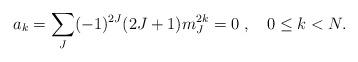
LaTeX: \begin{align*}a_k = \sum_J (-1)^{2J}(2J+1)m_J^{2k} =0 \; ,\quad 0\leq k<N.\end{align*}